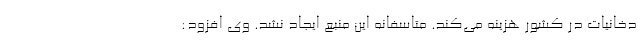
دخانیات در کشور هزینه می‌‌کند. متاسفانه این منبع ایجاد نشد. وی افزود: